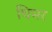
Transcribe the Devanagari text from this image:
धिमर